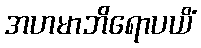
အဟမာဘိရောပယိံ